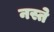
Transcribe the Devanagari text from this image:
नस्ते